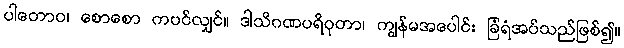
ပါတောဝ၊ စောစော ကပင်လျှင်။ ဒါသိဂဏပရိဝုတာ၊ ကျွန်မအပေါင်း ခြံရံအပ်သည်ဖြစ်၍။